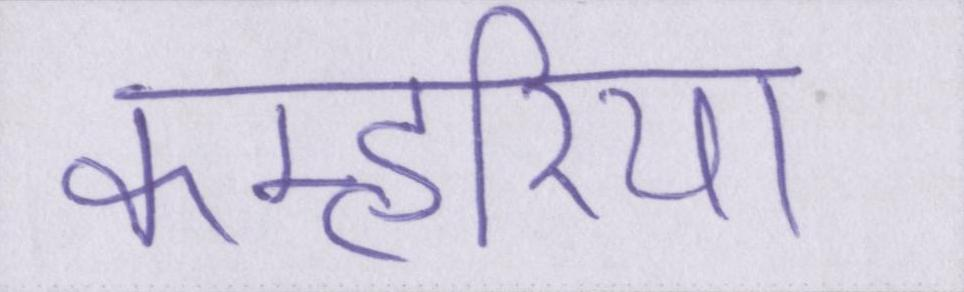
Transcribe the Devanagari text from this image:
कम्हरिया